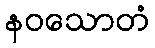
နဝသောတံ